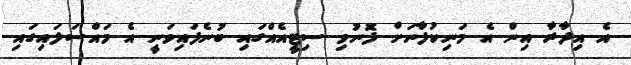
އެ އިދާރާ އިން އެ މަނިކުފާނަށް ފޮނުވި ސިޓީއެއްގައި ބުނެފައިވަނީ އެ މައްސަލައިގައި